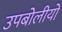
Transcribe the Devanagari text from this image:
उपबोलीयो